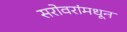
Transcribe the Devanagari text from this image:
सरोवरांमधून